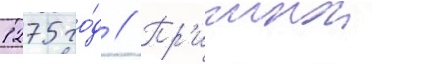
1275 го́д // Пр'ичинои